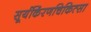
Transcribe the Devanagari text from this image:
सूर्यकिंरणचिकित्सा